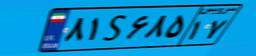
۴۴S۱۸۱۴۰